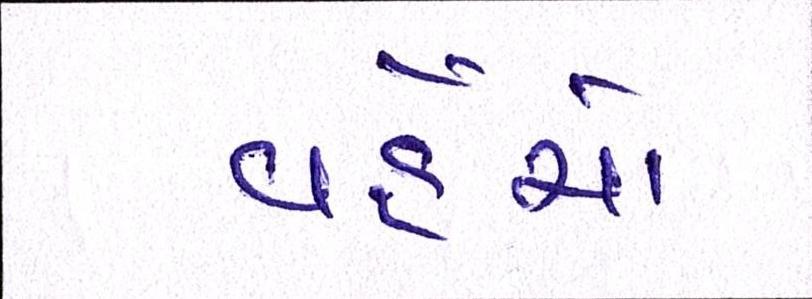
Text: વહેંચો